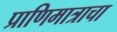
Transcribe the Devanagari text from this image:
प्राणिमात्राचा